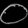
Digit: ၀